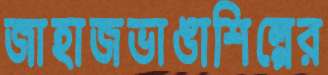
জাহাজভাঙাশিল্পের